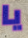
يا